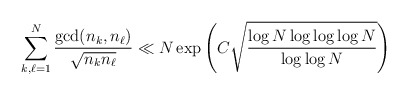
\begin{align*}\sum_{k,{\ell}=1}^N\frac{\gcd(n_k,n_{\ell})}{\sqrt{n_kn_{\ell}}} \ll N\exp\left(C\sqrt{\frac{\log N \log\log\log N}{\log\log N}}\right)\end{align*}